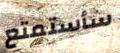
سأستمتع